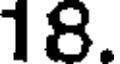
18.